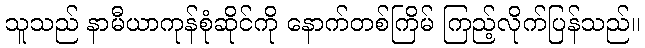
သူသည် နာမီယာကုန်စုံဆိုင်ကို နောက်တစ်ကြိမ် ကြည့်လိုက်ပြန်သည်။